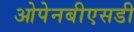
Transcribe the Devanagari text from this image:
ओपेनबीएसडी